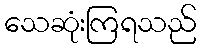
သေဆုံးကြရသည်